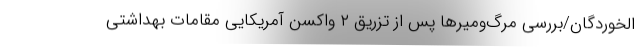
الخوردگان/بررسی مرگ‌ومیرها پس از تزریق ۲ واکسن آمریکایی مقامات بهداشتی